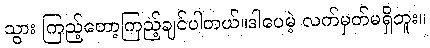
သွား ကြည့်တော့ကြည့်ချင်ပါတယ်။ဒါပေမဲ့ လက်မှတ်မရှိဘူး။